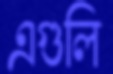
এগুলি